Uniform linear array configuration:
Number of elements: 32
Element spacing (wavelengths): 0.5
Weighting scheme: hann
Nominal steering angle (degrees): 60
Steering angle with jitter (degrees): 59.036
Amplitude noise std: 0.05
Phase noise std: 0.05

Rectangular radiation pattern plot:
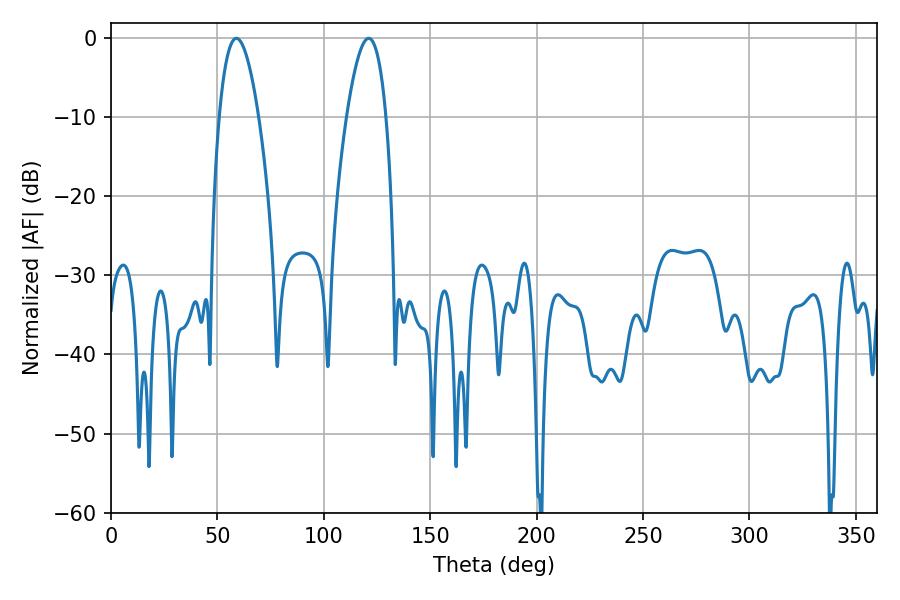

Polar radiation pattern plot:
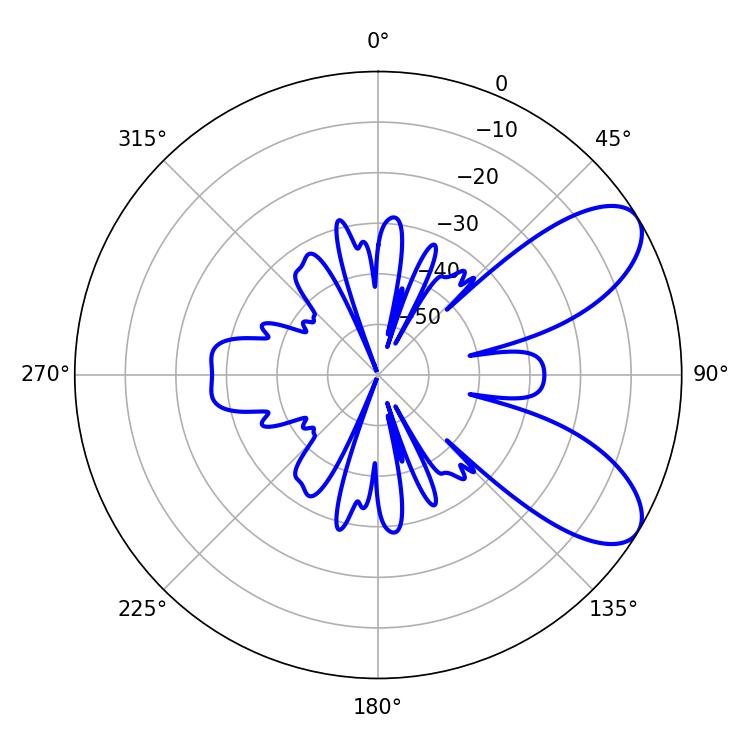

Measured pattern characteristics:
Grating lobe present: FALSE
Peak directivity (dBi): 7.853
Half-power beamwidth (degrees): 10.26
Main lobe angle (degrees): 58.86